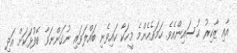
އާއި ޒާކިރު ޙުސައިންއެވެ. ހަމައެހެންމެ މީހަކާ ކައިވެނި ބައްލަވައި ނުގަންނަވާ ބޭފުޅަކަށް އަދި